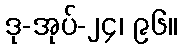
ဒု-အုပ်-၂၄၊ ၉၆။